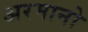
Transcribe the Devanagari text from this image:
अरमानो